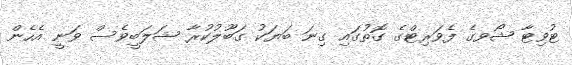
ޓުވިޓާ ޝޯވގެ ފެވަރިޓްގެ ގޮތުގައި ގިނަ ބަޔަކު ގަބޫލުކުރާ ޝަލަބީވެސް ވަނީ އެހެން